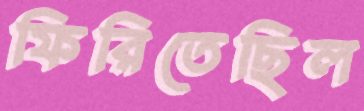
ফিরিতেছিল